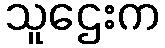
သူဌေးက